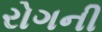
રોગની